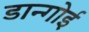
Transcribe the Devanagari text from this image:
डान्गोई